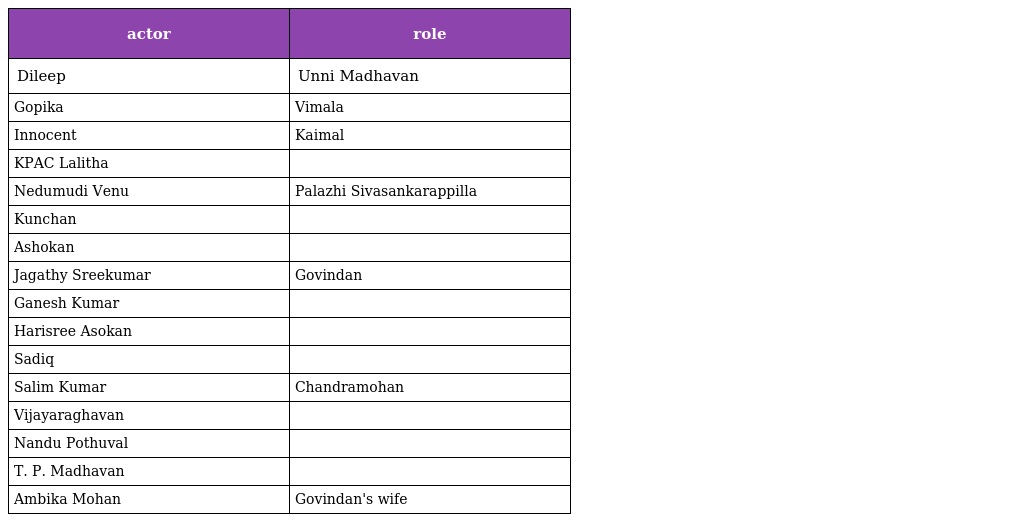
| actor | role |
 | --- | --- |
 | Dileep | Unni Madhavan |
 | Gopika | Vimala |
 | Innocent | Kaimal |
 | KPAC Lalitha |  |
 | Nedumudi Venu | Palazhi Sivasankarappilla |
 | Kunchan |  |
 | Ashokan |  |
 | Jagathy Sreekumar | Govindan |
 | Ganesh Kumar |  |
 | Harisree Asokan |  |
 | Sadiq |  |
 | Salim Kumar | Chandramohan |
 | Vijayaraghavan |  |
 | Nandu Pothuval |  |
 | T. P. Madhavan |  |
 | Ambika Mohan | Govindan's wife |